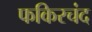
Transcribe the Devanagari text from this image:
फकिरचंद